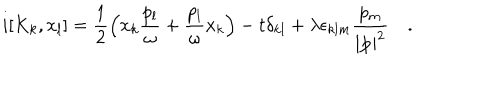
LaTeX: i [ K _ { k } , x _ { l } ] = \frac { 1 } { 2 } \left( x _ { k } \frac { p _ { l } } { \omega } + \frac { p _ { l } } { \omega } x _ { k } \right) - t \delta _ { k l } + \lambda \epsilon _ { k l m } \frac { p _ { m } } { | { \bf p } | ^ { 2 } } ~ .